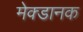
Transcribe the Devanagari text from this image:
मेक्डानक